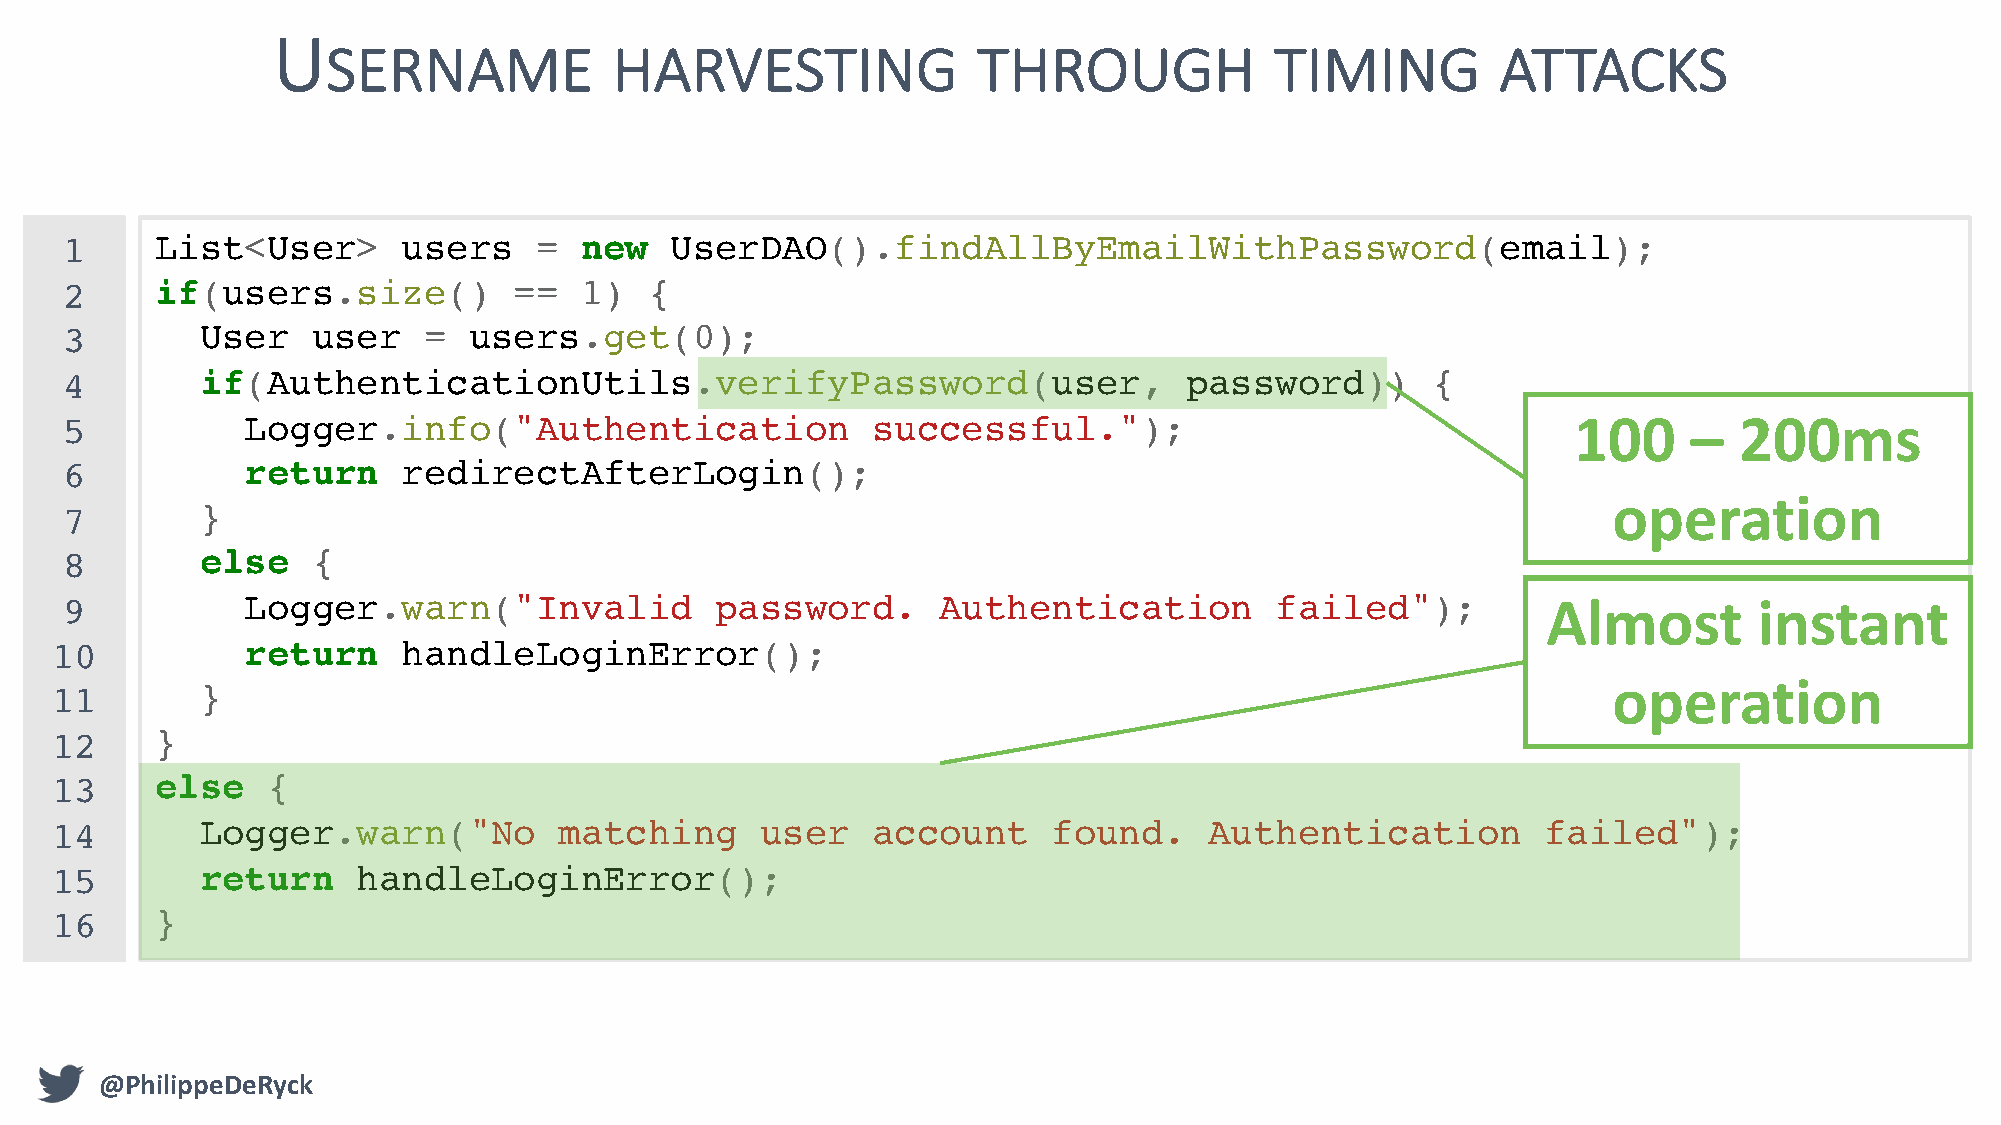
U
 SERNAME            HARVESTING              THROUGH            TIMING         ATTACKS
 1     List<User>       users   =  new   UserDAO().findAllByEmailWithPassword(email);
 2     if(users.size()         ==  1)   {
 3        User    user   =  users.get(0);
 4        if(AuthenticationUtils.verifyPassword(user,                      password))       {
 5           Logger.info("Authentication               successful.");                                100     –  200ms
 6           return     redirectAfterLogin();
 operation
 7        }
 8        else    {
 9           Logger.warn("Invalid           password.      Authentication        failed");         Almost        instant
 10           return     handleLoginError();
 11        }                                                                                             operation
 12     }
 13     else    {
 14        Logger.warn("No         matching     user    account     found.    Authentication        failed");
 15        return     handleLoginError();
 16     }
 @PhilippeDeRyck